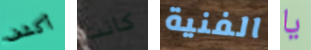
أكشف كانت الفنية يا